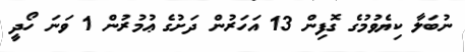
ނުބަލާ ކިޔެވުމުގެ ގޮފިން 13 އަހަރުން ދަށުގެ ޢުމުރުން 1 ވަނަ ހޯދީ